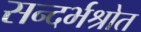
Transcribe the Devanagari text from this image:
सन्दर्भश्रोत